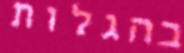
בהגלות